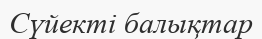
Сүйекті балықтар